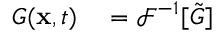
\begin{array} { r l } { G ( \mathbf { x } , t ) } & { { } = \mathcal { F } ^ { - 1 } [ \tilde { G } ] } \end{array}